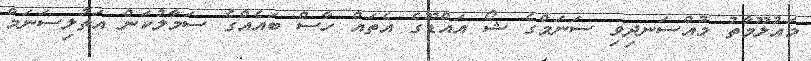
މައުލޫމާތު މުއްސަނދިވި ސަނަމްގެ ޝޯ އައްޑޫގެ އެތައް ހާސް ބައެއްގެ ސަމާލުކަން އަތުލިސަނަމް